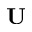
\mathbf { U }